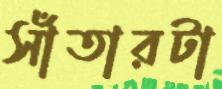
সাঁতারটা